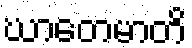
ဃာတေမာတိ